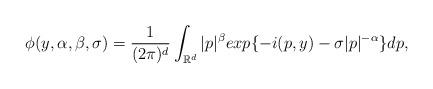
LaTeX: \begin{align*}\phi(y, \alpha, \beta, \sigma)=\frac{1}{(2\pi)^{d}}\int_{\mathbb{R}^{d}}|p|^{\beta}exp\{-i(p,y) - \sigma|p|^{-\alpha}\}dp,\end{align*}